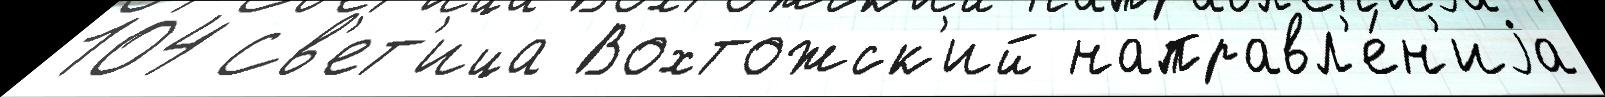
104 Св'ет'ица Вохтожск'ий направл'е́н'иjа